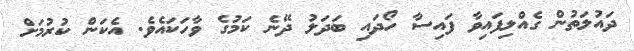
ދައުލަތުން ގެއްލިފައިވާ ފައިސާ ހޯދައި ބަދަލު ދޭނެ ކަމުގެ ވާހަކައެވެ. އެކަން ކުރުމަށް